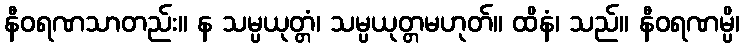
နီဝရဏသာတည်း။ န သမ္ပယုတ္တံ၊ သမ္ပယုတ္တမဟုတ်။ ထိနံ၊ သည်။ နီဝရဏမ္ပိ၊